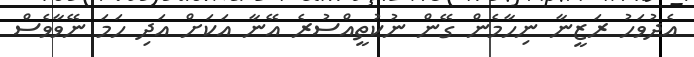
އެދުވަހު ރަޒީނާ ނިހާމެން ގޭން ނުކުތީއްސުރެ އޭނާ އަކަށް އަދި ހަމަ ނޭވާވެސް